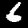
Digit: 6